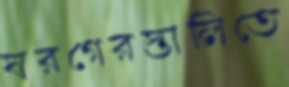
ঘরগেরস্তালিতে